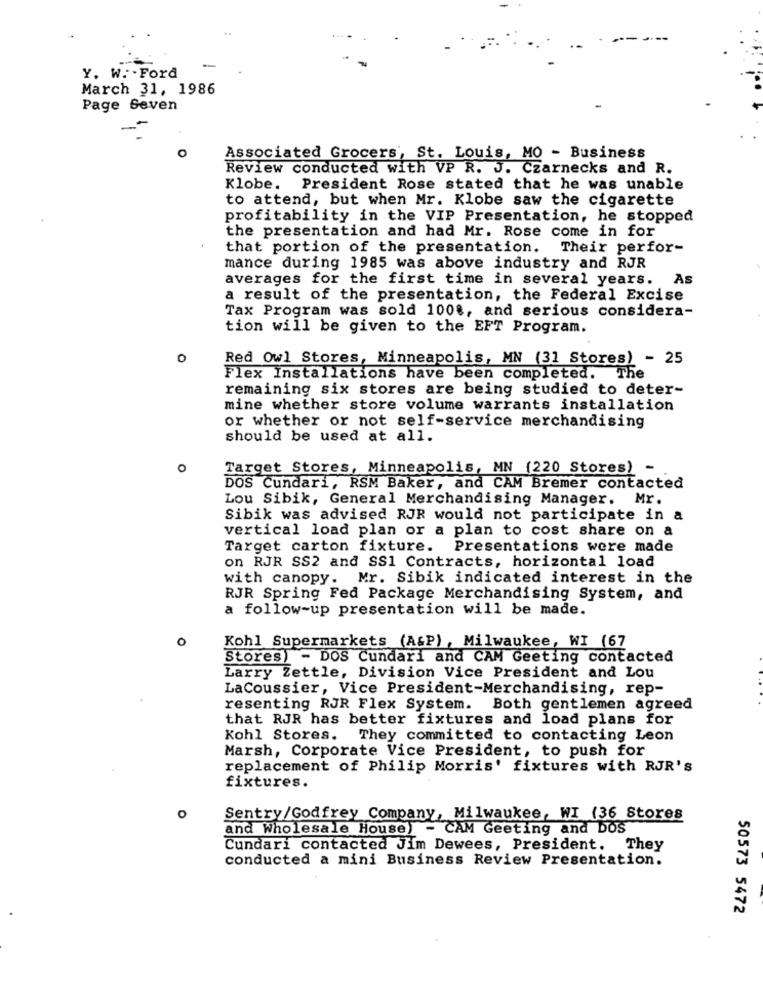
-
Y. W. - Ford
March 31, 1986
Page Seven
O
Associated Grocers, St. Louis, MO - Business
Review conducted with VP R. J. Czarnecks and R.
Klobe.
President Rose stated that he was unable
to attend, but when Mr. Klobe saw the cigarette
profitability in the VIP Presentation, he stopped
the presentation and had Mr. Rose come in for
that portion of the presentation. Their perfor-
mance during 1985 was above industry and RJR
averages for the first time in several years. As
a result of the presentation, the Federal Excise
Tax Program was sold 100%, and serious considera-
tion will be given to the EFT Program.
0
Red Owl Stores, Minneapolis, MN (31 Stores) - 25
Flex Installations have been completed. The
remaining six stores are being studied to deter-
mine whether store volume warrants installation
or whether or not self-service merchandising
should be used at all.
0
Target Stores, Minneapolis, MN (220 Stores) -
DOS Cundari, RSM Baker, and CAM Bremer contacted
Lou Sibik, General Merchandising Manager. Mr.
Sibik was advised RJR would not participate in a
vertical load plan or a plan to cost share on a
Target carton fixture. Presentations were made
on RJR SS2 and SS1 Contracts, horizontal load
with canopy. Mr. Sibik indicated interest in the
RJR Spring Fed Package Merchandising System, and
a follow-up presentation will be made.
o
Kohl Supermarkets (A&P), Milwaukee, WI (67
Stores) - DOS Cundari and CAM Geeting contacted
Larry Zettle, Division Vice President and Lou
LaCoussier, Vice President-Merchandising, rep-
resenting RJR Flex System. Both gentlemen agreed
that RJR has better fixtures and load plans for
Kohl Stores. They committed to contacting Leon
Marsh, Corporate Vice President, to push for
replacement of Philip Morris' fixtures with RJR's
fixtures.
0
Sentry/Godfrey Company, Milwaukee, WI (36 Stores
and Wholesale House) - CAM Geeting and DOS
Cundari contacted Jim Dewees, President. They
conducted a mini Business Review Presentation.
50573 5472